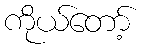
ကိုယ်တော့်